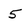
Character: 5